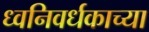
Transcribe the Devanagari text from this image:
ध्वनिवर्धकाच्या